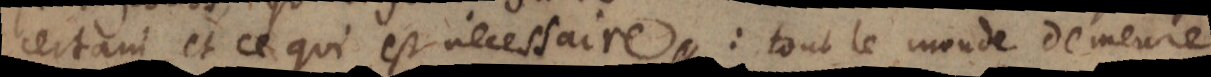
certain, et ce qui est necessaire: tout le monde demeure